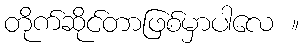
တိုက်ဆိုင်တာဖြစ်မှာပါလေ ။